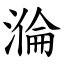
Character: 溣